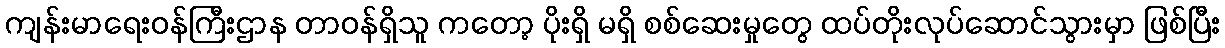
ကျန်းမာရေးဝန်ကြီးဌာန တာဝန်ရှိသူ ကတော့ ပိုးရှိ မရှိ စစ်ဆေးမှုတွေ ထပ်တိုးလုပ်ဆောင်သွားမှာ ဖြစ်ပြီး